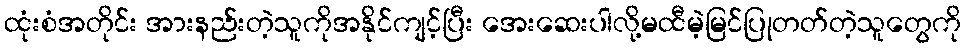
ထုံးစံအတိုင်း အားနည်းတဲ့သူကိုအနိုင်ကျင့်ပြီး အေးဆေးပါလို့မထီမဲ့မြင်ပြုတတ်တဲ့သူတွေကို